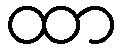
ထာ